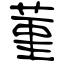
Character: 菫